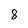
Character: 8